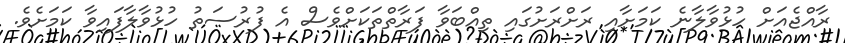
ރާއްޖެއަށް ހުޅުވާލާނެ ކަމަށާއި ރަށްރަށުގައި ތިއްބަވާ ފަރާތްތަކަށްވެސް އެ ފުރުސަތު ހުޅުވާލާފައިވާ ކަމަށެވެ.